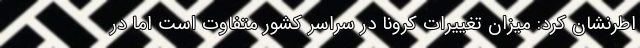
اطرنشان کرد: میزان تغییرات کرونا در سراسر کشور متفاوت است اما در